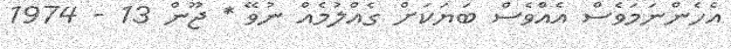
އެހެންނަމަވެސް އެއްވެސް ބަޔަކަށް ގެއްލުމެއް ނުވޭ * ޖޫން 13 - 1974